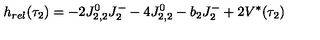
h _ { r e l } ( \tau _ { 2 } ) = - 2 J _ { 2 , 2 } ^ { 0 } J _ { 2 } ^ { - } - 4 J _ { 2 , 2 } ^ { 0 } - b _ { 2 } J _ { 2 } ^ { - } + 2 V ^ { * } ( \tau _ { 2 } )